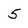
Character: 5